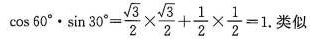
\cos 6 0 ° \cdot \sin 3 0 ° = \frac { \sqrt { 3 } } { 2 } \times \frac { \sqrt { 3 } } { 2 } + \frac { 1 } { 2 } \times \frac { 1 } { 2 } = 1$$.类似